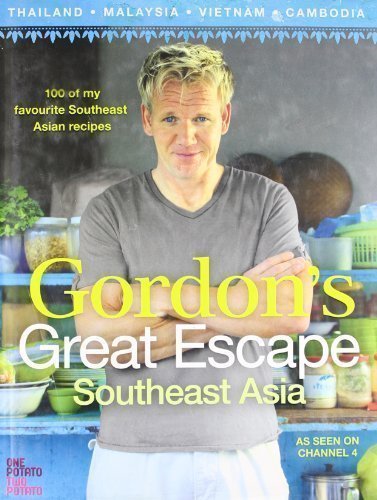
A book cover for Gordon's Great Escape Southeast Asia: 100 of my favourite Southeast Asian recipes: 100 Recipes Inspired by Asia by Ramsay, Gordon (2011); Cookbooks, Food & Wine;